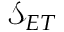
\mathcal { S } _ { E T }